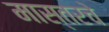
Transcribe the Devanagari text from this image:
मास्तरचे